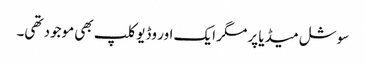
سوشل میڈیا پر مگر ایک اور وڈیو کلپ بھی موجود تھی۔